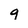
Character: g